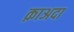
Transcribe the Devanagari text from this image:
क़ाअदा